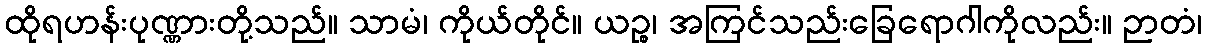
ထိုရဟန်းပုဏ္ဏားတို့သည်။ သာမံ၊ ကိုယ်တိုင်။ ယဉ္စ၊ အကြင်သည်းခြေရောဂါကိုလည်း။ ဉာတံ၊